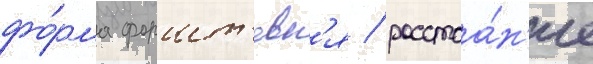
фо́рма форшт'евн'я / расстоа́н'ие